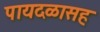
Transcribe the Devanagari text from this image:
पायदळासह